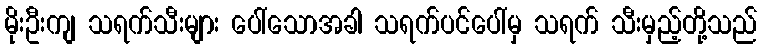
မိုးဦးကျ သရက်သီးများ ပေါ်သောအခါ သရက်ပင်ပေါ်မှ သရက် သီးမှည့်တို့သည်